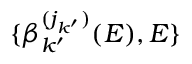
\{ \beta _ { k ^ { \prime } } ^ { ( j _ { k ^ { \prime } } ) } ( E ) , E \}